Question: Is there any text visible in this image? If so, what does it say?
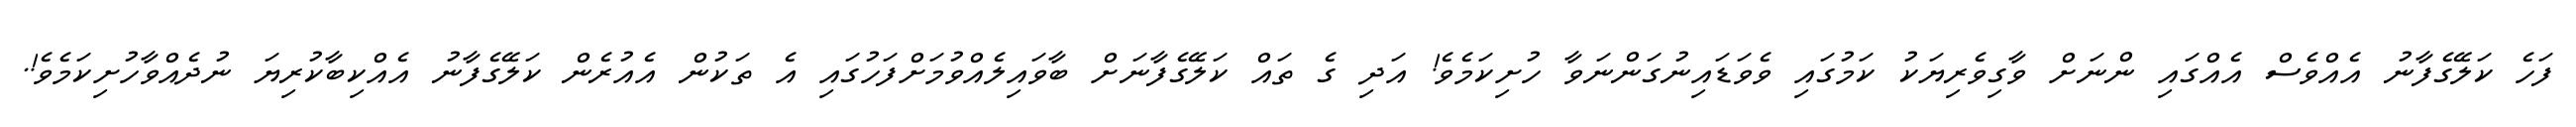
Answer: ފަހެ ކަލޭގެފާނު އެއްވެސް އެއްގައި ންނަށް ވާގިވެރިޔަކު ކަމުގައި ވެވަޑައިނުގަންނަވާ ހުށިކަމެވެ! އަދި ގެ ތައް ކަލޭގެފާނަށް ބާވައިލެއްވުމަށްފަހުގައި އެ ތަކުން އެއުރެން ކަލޭގެފާނު އެއްކިބާކުރިޔަ ނުދެއްވާހުށިކަމެވެ!.